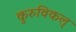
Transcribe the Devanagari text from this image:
कुरुविकल्